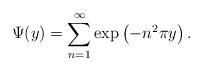
LaTeX: \begin{align*}\Psi(y) = \sum_{n=1}^{\infty} \exp\left(-n^2 \pi y\right).\end{align*}